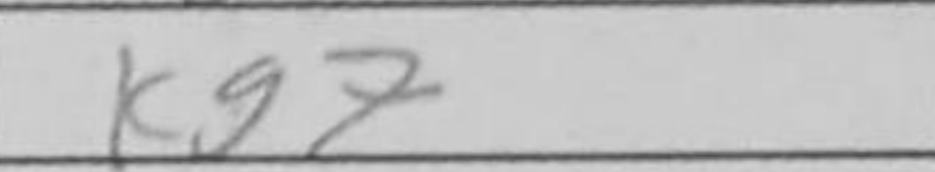
Transcription: Kg7